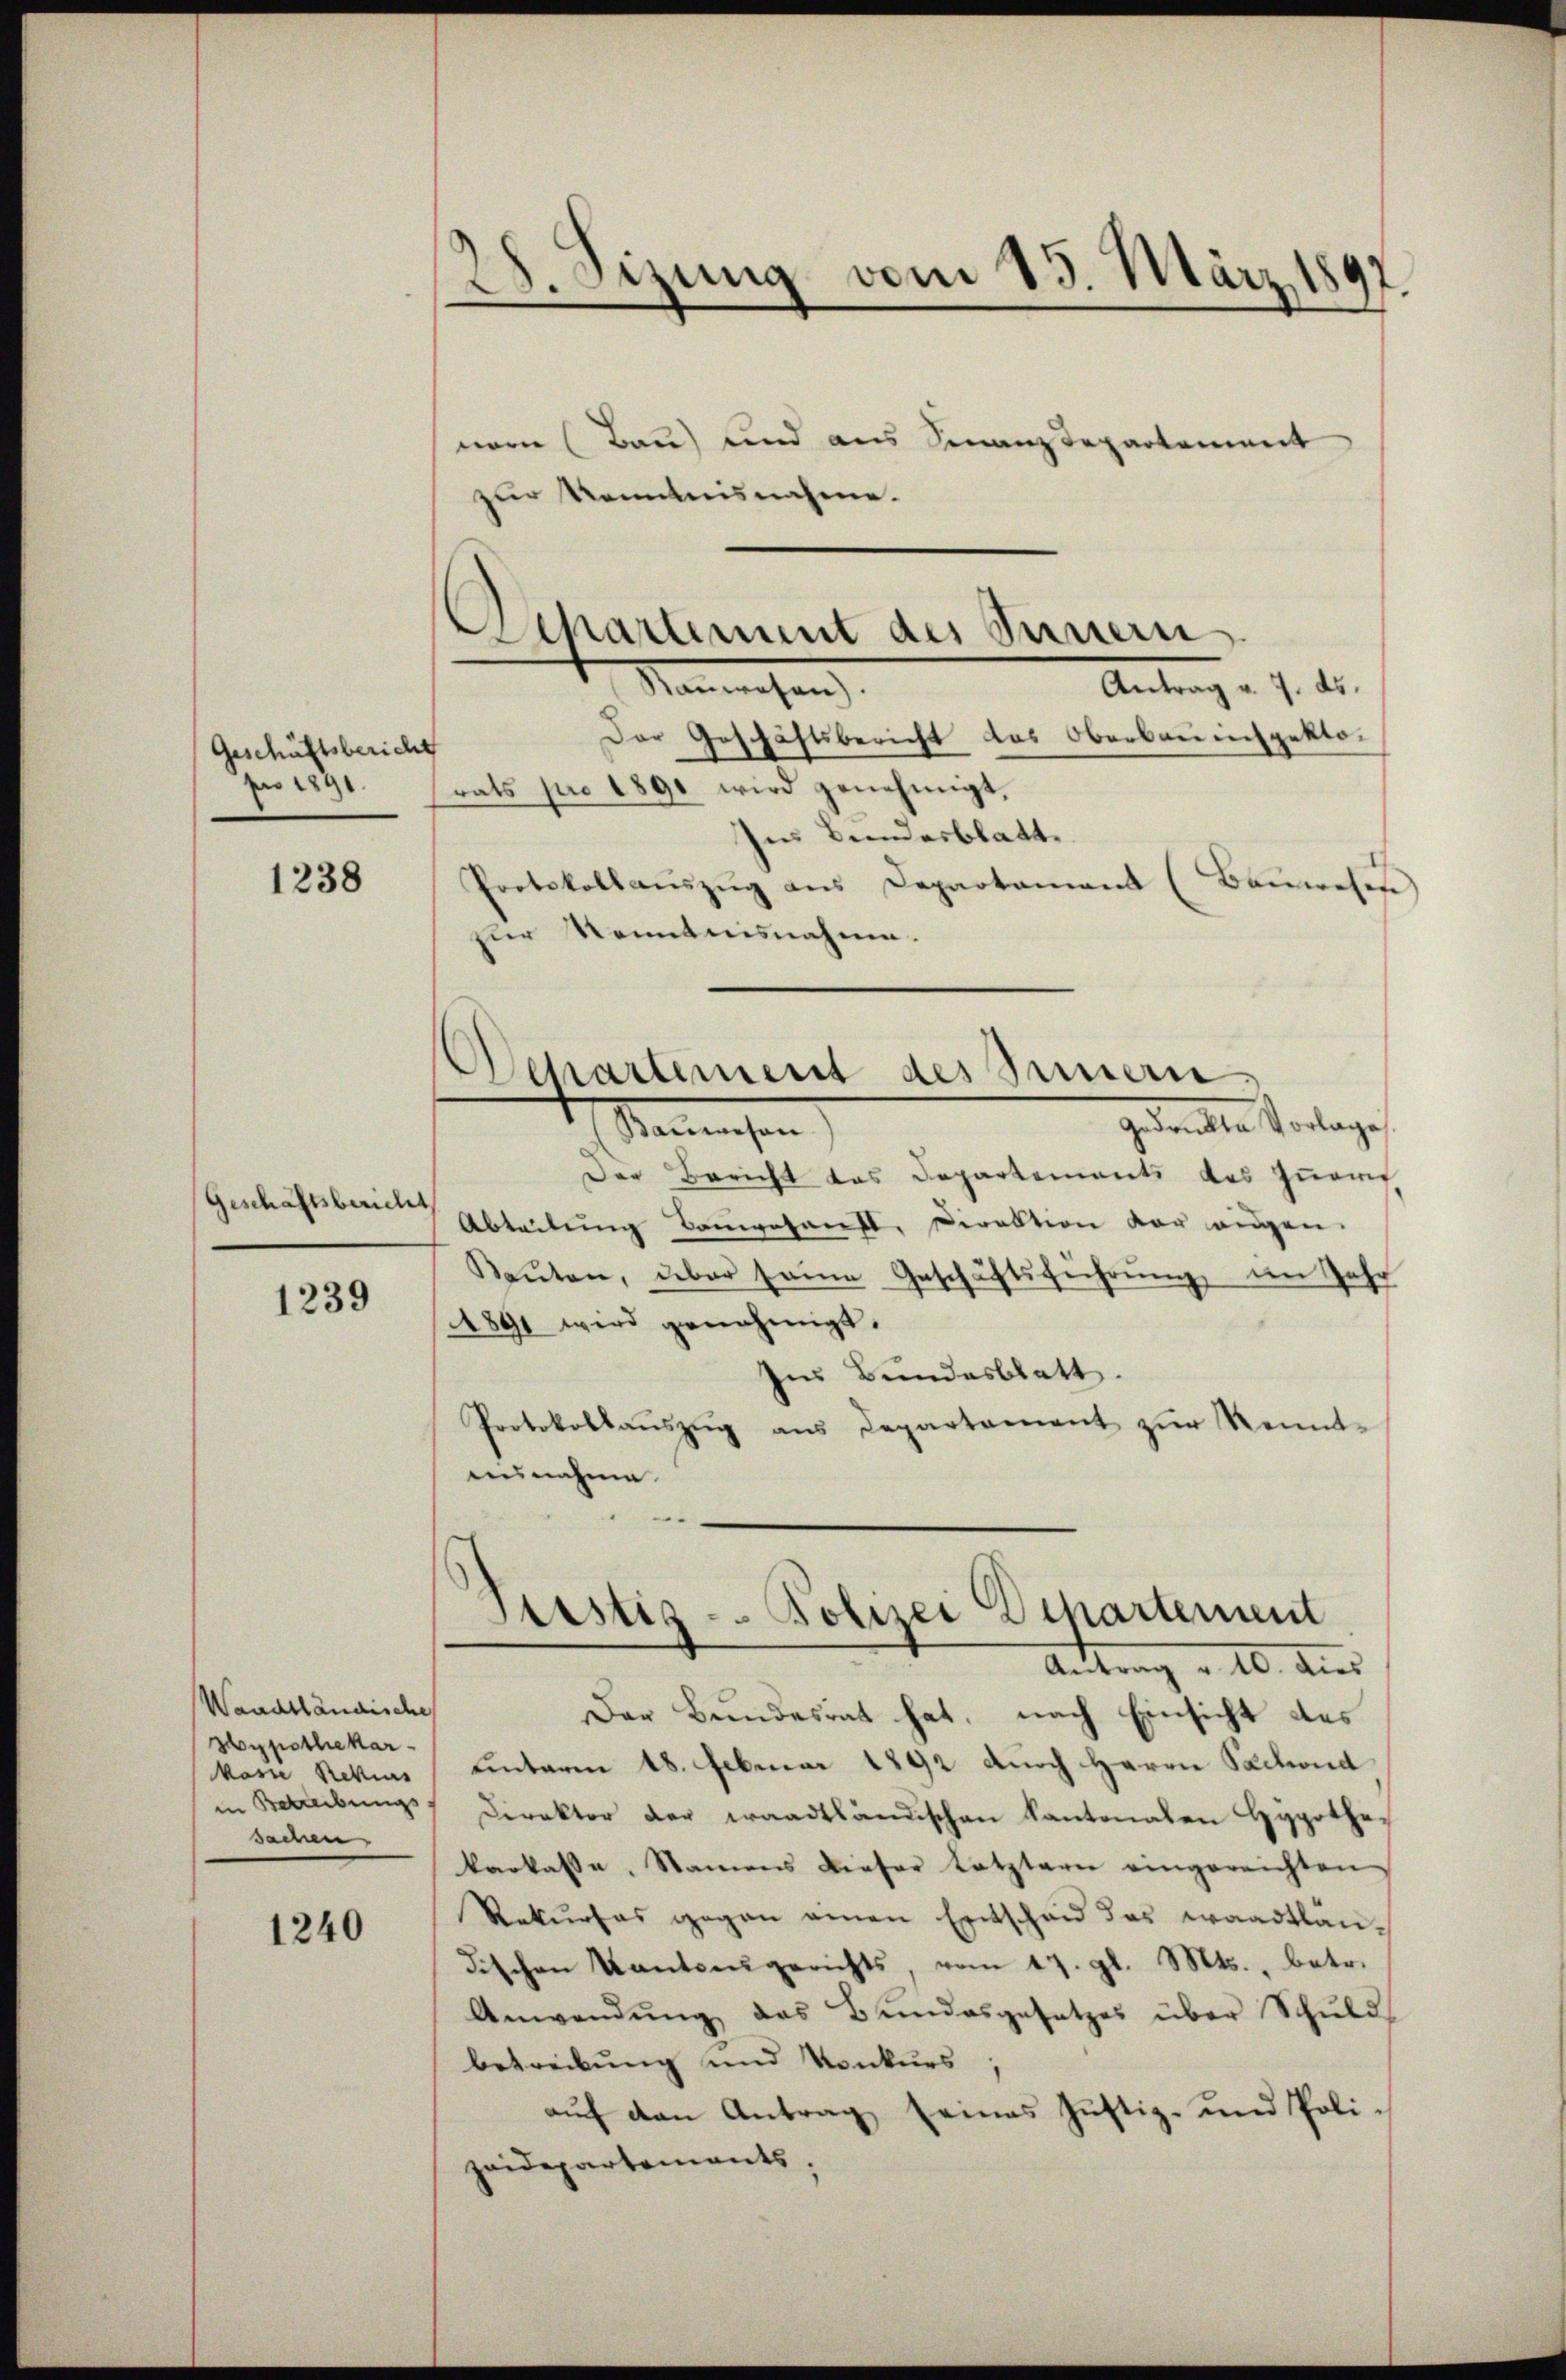
Geschäftsbericht
pro 1891.

1238

Geschäftsbericht

1239

Waadtländische
Hypothekar-
korn Revis
in Betreibungs
sachen

1240

28. Dezung vom 13. März 1897.

Departement des Innern
Antrag v. 7. ds.
Manwesen.

nern (Bau) und aus Finanzdepartement
zur Kenntnisnahme.
Der Geschäftsbericht des Oberbauinspektorats pro 1890 wird genehmigt.
sies Bundesblatte.
Protokollaŭszŭg ans Departamant (Bauwesen
zur Kenntnisnahme.
Departement des Innern
gedankte Vorlage
Sanensen
Der Bericht das Departements des Inn
Abteilung Composant. Direktion vor augen.
Kaŭten, über seine Geschäftsführŭng, im Jahr
1891 wird genehmigt.
zur Bundesblatt.
Protokollaŭszŭg aŭs Departement zŭr Kennt-
ausnahme

Puistig - Polizei Departement
Antrag v. 10. dies

Der Bundesrat hat, nach Einsicht des
unterm 18. Februar 1892 durch Herrn Sachend
Direktor der waadtländischen Kantonalen Hypothe-
karkasse. Namens dieser Letztern eingereichten,
Rekŭrses gegen einen Entschaid das waadtländischen Kantoeŭgerichts, vom 17. gl. Mts., betr.
Anwendŭng das Bundesgesetzes über Schŭld
betreibung und Konkurs
auf den Antrag seines Justiz- und Polizeidepartements,